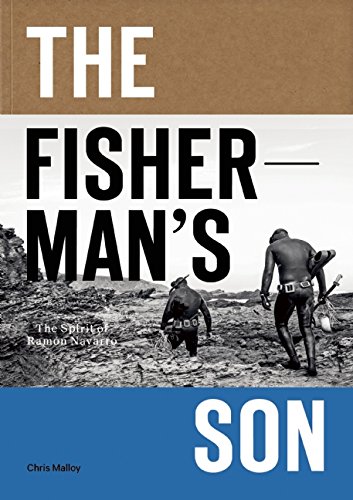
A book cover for The Fisherman's Son: The Spirit of Ramon Navarro; Chris Malloy; Sports & Outdoors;